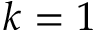
k = 1